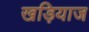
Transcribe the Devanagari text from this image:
खड़ियाज